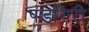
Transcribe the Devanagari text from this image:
पंडगिरी